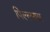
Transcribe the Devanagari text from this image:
पिल्लयार